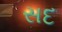
સદ